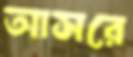
আসরে